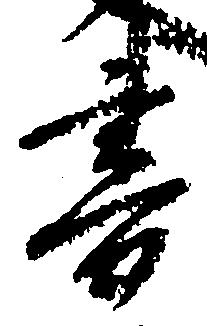
書